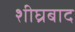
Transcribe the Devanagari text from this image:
शीघ्रबाद